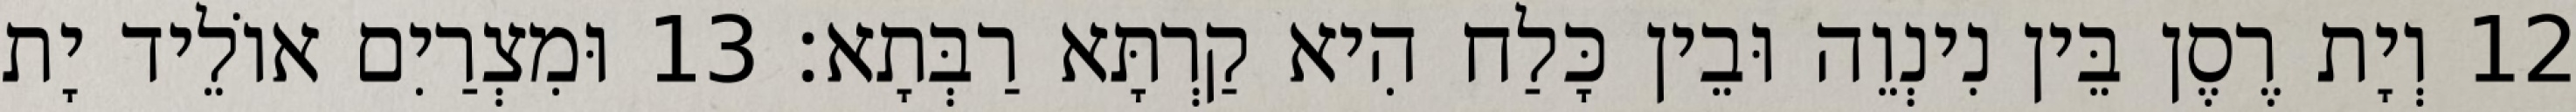
12 וְיָת רֶסֶן בֵּין נִינְוֵה וּבֵין כָּלַח הִיא קַרְתָּא רַבְּתָא׃ 13 וּמִצְרַיִם אוֹלֵיד יָת